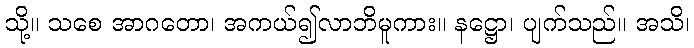
သို့။ သစေ အာဂတော၊ အကယ်၍လာဘိမူကား။ နဋ္ဌော၊ ပျက်သည်။ အသိ၊